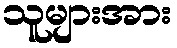
သူများအား